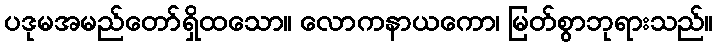
ပဒုမအမည်တော်ရှိထသော။ လောကနာယကော၊ မြတ်စွာဘုရားသည်။